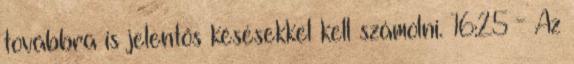
továbbra is jelentős késésekkel kell számolni. 16:25 - Az